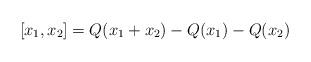
LaTeX: \begin{align*}[x_1,x_2]=Q(x_1+x_2) - Q(x_1) - Q(x_2)\end{align*}